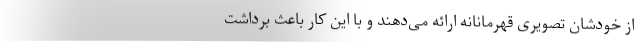
از خودشان تصویری قهرمانانه ارائه می‌دهند و با این کار باعث برداشت